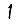
Digit: 1